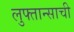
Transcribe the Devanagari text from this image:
लुफ्तान्साची